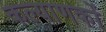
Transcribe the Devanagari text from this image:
कल्याणकों